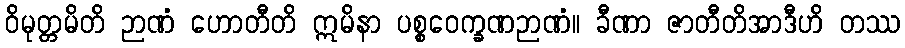
ဝိမုတ္တမိတိ ဉာဏံ ဟောတီတိ ဣမိနာ ပစ္စဝေက္ခဏဉာဏံ။ ခီဏာ ဇာတီတိအာဒီဟိ တဿ